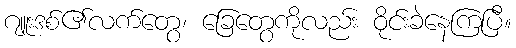
ဂျူးဒစ်၏လက်တွေ၊ ခြေတွေကိုလည်း ဝိုင်းခဲနေကြပြီ။